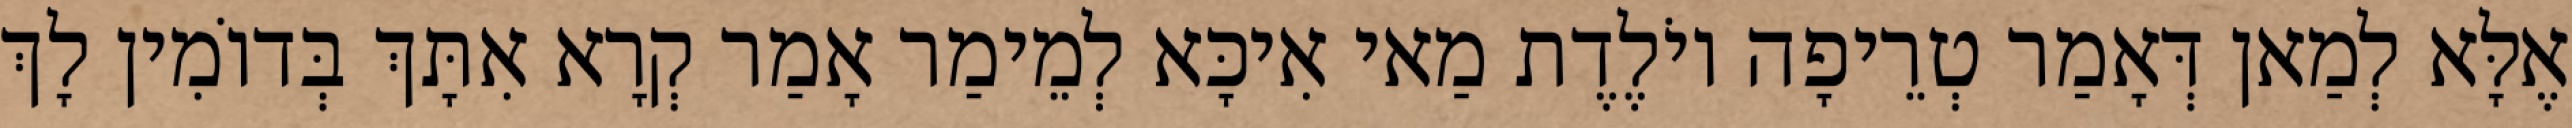
אֶלָּא לְמַאן דְּאָמַר טְרֵיפָה יוֹלֶדֶת מַאי אִיכָּא לְמֵימַר אָמַר קְרָא אִתָּךְ בְּדוֹמִין לָךְ